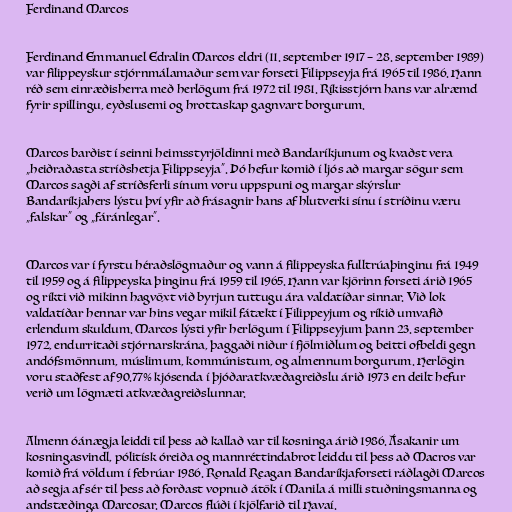
Ferdinand Marcos

Ferdinand Emmanuel Edralin Marcos eldri (11. september 1917 – 28. september 1989)
var filippeyskur stjórnmálamaður sem var forseti Filippseyja frá 1965 til 1986. Hann
réð sem einræðisherra með herlögum frá 1972 til 1981. Ríkisstjórn hans var alræmd
fyrir spillingu, eyðslusemi og hrottaskap gagnvart borgurum.

Marcos barðist í seinni heimsstyrjöldinni með Bandaríkjunum og kvaðst vera
„heiðraðasta stríðshetja Filippseyja“. Þó hefur komið í ljós að margar sögur sem
Marcos sagði af stríðsferli sínum voru uppspuni og margar skýrslur
Bandaríkjahers lýstu því yfir að frásagnir hans af hlutverki sínu í stríðinu væru
„falskar“ og „fáránlegar“.

Marcos var í fyrstu héraðslögmaður og vann á filippeyska fulltrúaþinginu frá 1949
til 1959 og á filippeyska þinginu frá 1959 til 1965. Hann var kjörinn forseti árið 1965
og ríkti við mikinn hagvöxt við byrjun tuttugu ára valdatíðar sinnar. Við lok
valdatíðar hennar var hins vegar mikil fátækt í Filippeyjum og ríkið umvafið
erlendum skuldum. Marcos lýsti yfir herlögum í Filippseyjum þann 23. september
1972, endurritaði stjórnarskrána, þaggaði niður í fjölmiðlum og beitti ofbeldi gegn
andófsmönnum, múslimum, kommúnistum, og almennum borgurum. Herlögin
voru staðfest af 90.77% kjósenda í þjóðaratkvæðagreiðslu árið 1973 en deilt hefur
verið um lögmæti atkvæðagreiðslunnar.

Almenn óánægja leiddi til þess að kallað var til kosninga árið 1986. Ásakanir um
kosningasvindl, pólitísk óreiða og mannréttindabrot leiddu til þess að Macros var
komið frá völdum í febrúar 1986. Ronald Reagan Bandaríkjaforseti ráðlagði Marcos
að segja af sér til þess að forðast vopnuð átök í Manila á milli stuðningsmanna og
andstæðinga Marcosar. Marcos flúði í kjölfarið til Havaí.